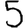
Digit: 5